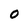
Character: O